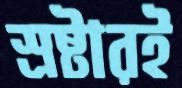
স্রষ্টারই